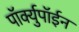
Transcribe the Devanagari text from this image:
पॉर्क्युपॉईन